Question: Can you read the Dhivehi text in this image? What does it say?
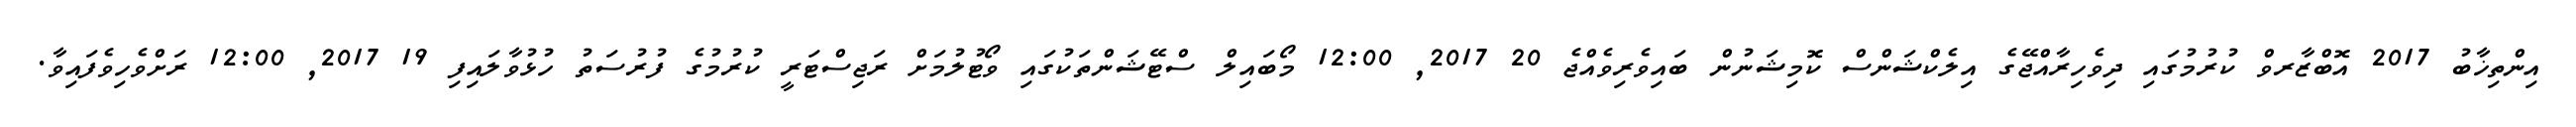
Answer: އިންތިޚާބު 2017 އޮބްޒާރވް ކުރުމުގައި ދިވެހިރާއްޖޭގެ އިލެކްޝަންސް ކޮމިޝަނުން ބައިވެރިވެއްޖެ 20 2017, 12:00 މޯބައިލް ސްޓޭޝަންތަކުގައި ވޯޓުލުމަށް ރަޖިސްޓަރީ ކުރުމުގެ ފުރުސަތު ހުޅުވާލައިފި 19 2017, 12:00 ރަށްވެހިވެފައިވާ.